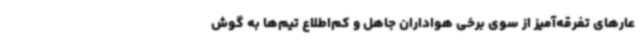
عارهای تفرقه‌آمیز از سوی برخی هواداران جاهل و کم‌اطلاع تیم‌ها به گوش